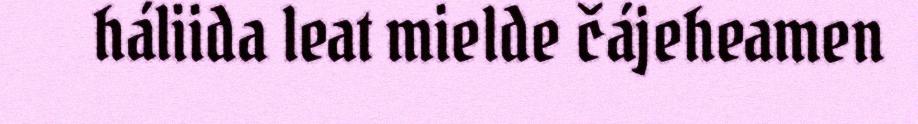
háliida leat mielde čájeheamen